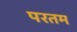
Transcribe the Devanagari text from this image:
परतम